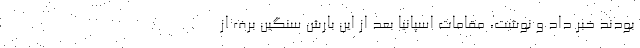
بودند خبر داد و نوشت، مقامات اسپانیا بعد از این بارش سنگین برف از